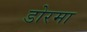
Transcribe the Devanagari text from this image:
डोरमा